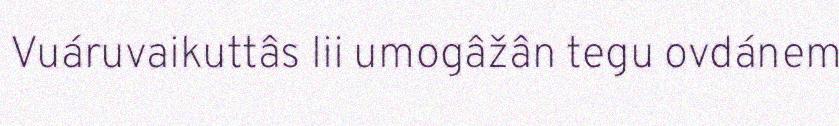
Vuáruvaikuttâs lii umogâžân tegu ovdánem